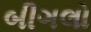
બીગલો